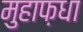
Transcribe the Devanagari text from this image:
मुहाफ़धा